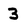
Character: 3